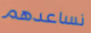
نساعدهم